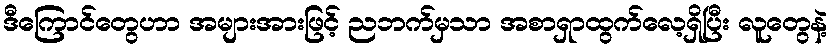
ဒီကြောင်တွေဟာ အများအားဖြင့် ညဘက်မှသာ အစာရှာထွက်လေ့ရှိပြီး လူတွေနဲ့